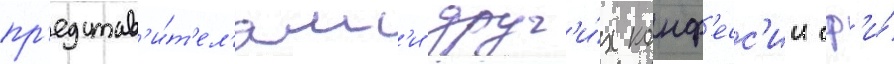
пр'едстав'и́т'ел'ям'и друг'и́х конф'есс'ии сф'и́